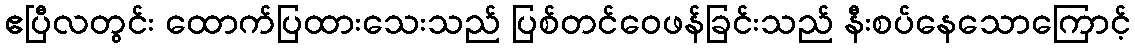
ဧပြီလတွင်း ထောက်ပြထားသေးသည် ပြစ်တင်ဝေဖန်ခြင်းသည် နီးစပ်နေသောကြောင့်